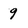
Character: 9